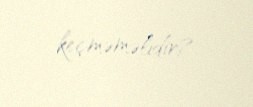
keçməməlidir?.